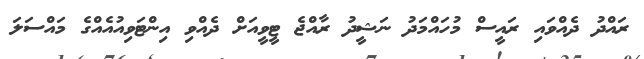
ރައްދު ދެއްވައި ރައީސް މުހައްމަދު ނަޝީދު ރާއްޖެ ޓީވީއަށް ދެއްވި އިންޓަވިއުއެެއްގެ މައްސަލަ